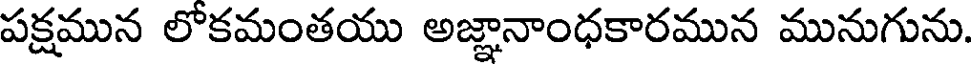
పక్షమున లోకమంతయు అజ్ఞానాంధకారమున మునుగును.